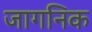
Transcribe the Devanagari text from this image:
जागनिक